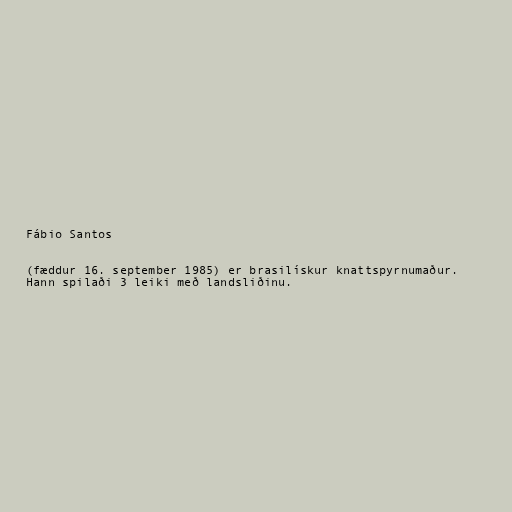
Fábio Santos

(fæddur 16. september 1985) er brasilískur knattspyrnumaður.
Hann spilaði 3 leiki með landsliðinu.